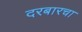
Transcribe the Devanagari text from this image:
दरबारचा